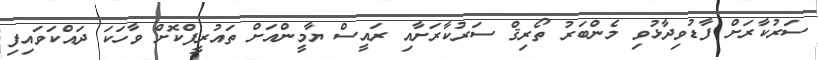
ސަރުކާރަށް ފާޑުވިދާޅުވި މެންބަރު ތޯރިޤް ސަރުކާރަށާއި ރައީސް ޔާމީންއަށް ތައުރީފްކޮށް ވާހަކަ ދައްކަވައިފި